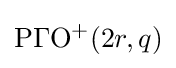
\mathrm {P\Gamma O^{+}} (2r,q)